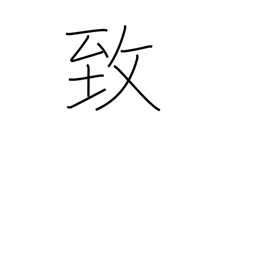
Meaning: incur